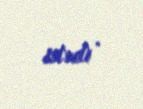
istədi .